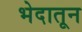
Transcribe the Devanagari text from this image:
भेदातून